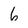
Character: 6